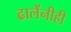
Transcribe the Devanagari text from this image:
ढालेंनीही